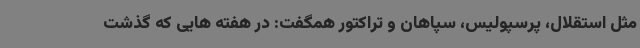
مثل استقلال، پرسپولیس، سپاهان و تراکتور همگفت:‌ در هفته هایی که گذشت